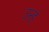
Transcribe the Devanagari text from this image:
उन्हं